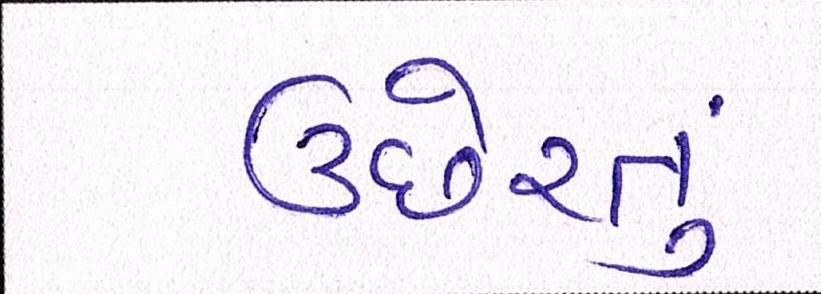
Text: ઉછેરતું